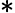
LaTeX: \ast